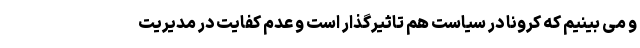
و می بینیم که کرونا در سیاست هم تاثیرگذار است و عدم کفایت در مدیریت